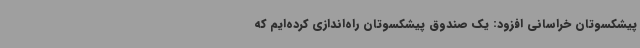
پیشکسوتان خراسانی افزود: یک صندوق پیشکسوتان راه‌اندازی کرده‌ایم که